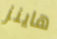
هاينز